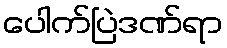
ပေါက်ပြဲဒဏ်ရာ